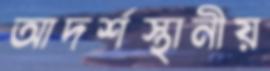
আদর্শস্থানীয়